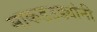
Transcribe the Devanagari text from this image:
माकडउड्यांनी